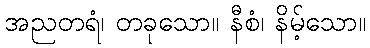
အညတရံ၊ တခုသော။ နီစံ၊ နိမ့်သော။